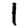
Digit: 1